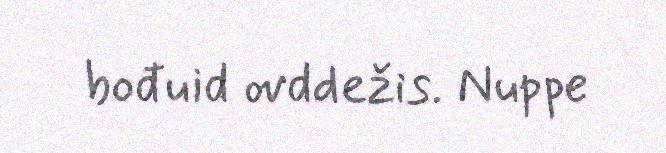
bođuid ovddežis. Nuppe